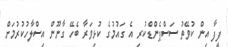
ފީފާ އިން ކުވޭތު ސަސްޕެންޑްކުރި އެ ގައުމުގެ ކުޅިވަރާ ބެހޭ ގާނޫން އިސްލާހުކުރުމަށް